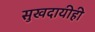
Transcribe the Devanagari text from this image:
सुखदायीही